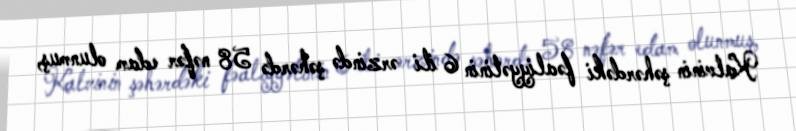
Kalvinin şəhərdəki fəaliyyətinin 6 ili ərzində şəhərdə 58 nəfər edam olunmuş,